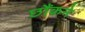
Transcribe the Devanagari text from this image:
छौंकने